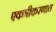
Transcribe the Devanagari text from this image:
एकत्रीकरणात